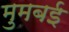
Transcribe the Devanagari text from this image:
मुमबई